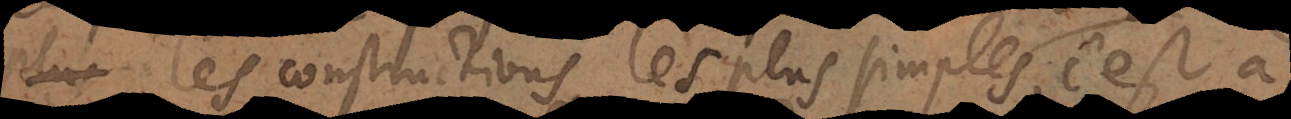
les constructions les plus simples à la